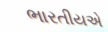
ભારતીયએ